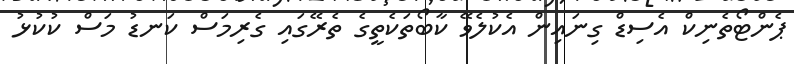
ޕެންޓޯތެނިކް އެސިޑް ގިނައިން އެކުލެވޭ ކާބޯތަކެތީގެ ތެރޭގައި ގެރިމަސް ކަނޑު މަސް ކުކުޅު